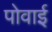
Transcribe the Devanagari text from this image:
पोवाई